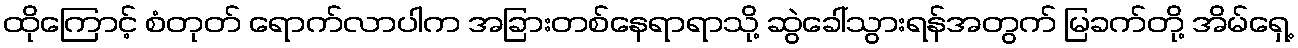
ထိုကြောင့် စံတုတ် ရောက်လာပါက အခြားတစ်နေရာရာသို့ ဆွဲခေါ်သွားရန်အတွက် မြခက်တို့ အိမ်ရှေ့